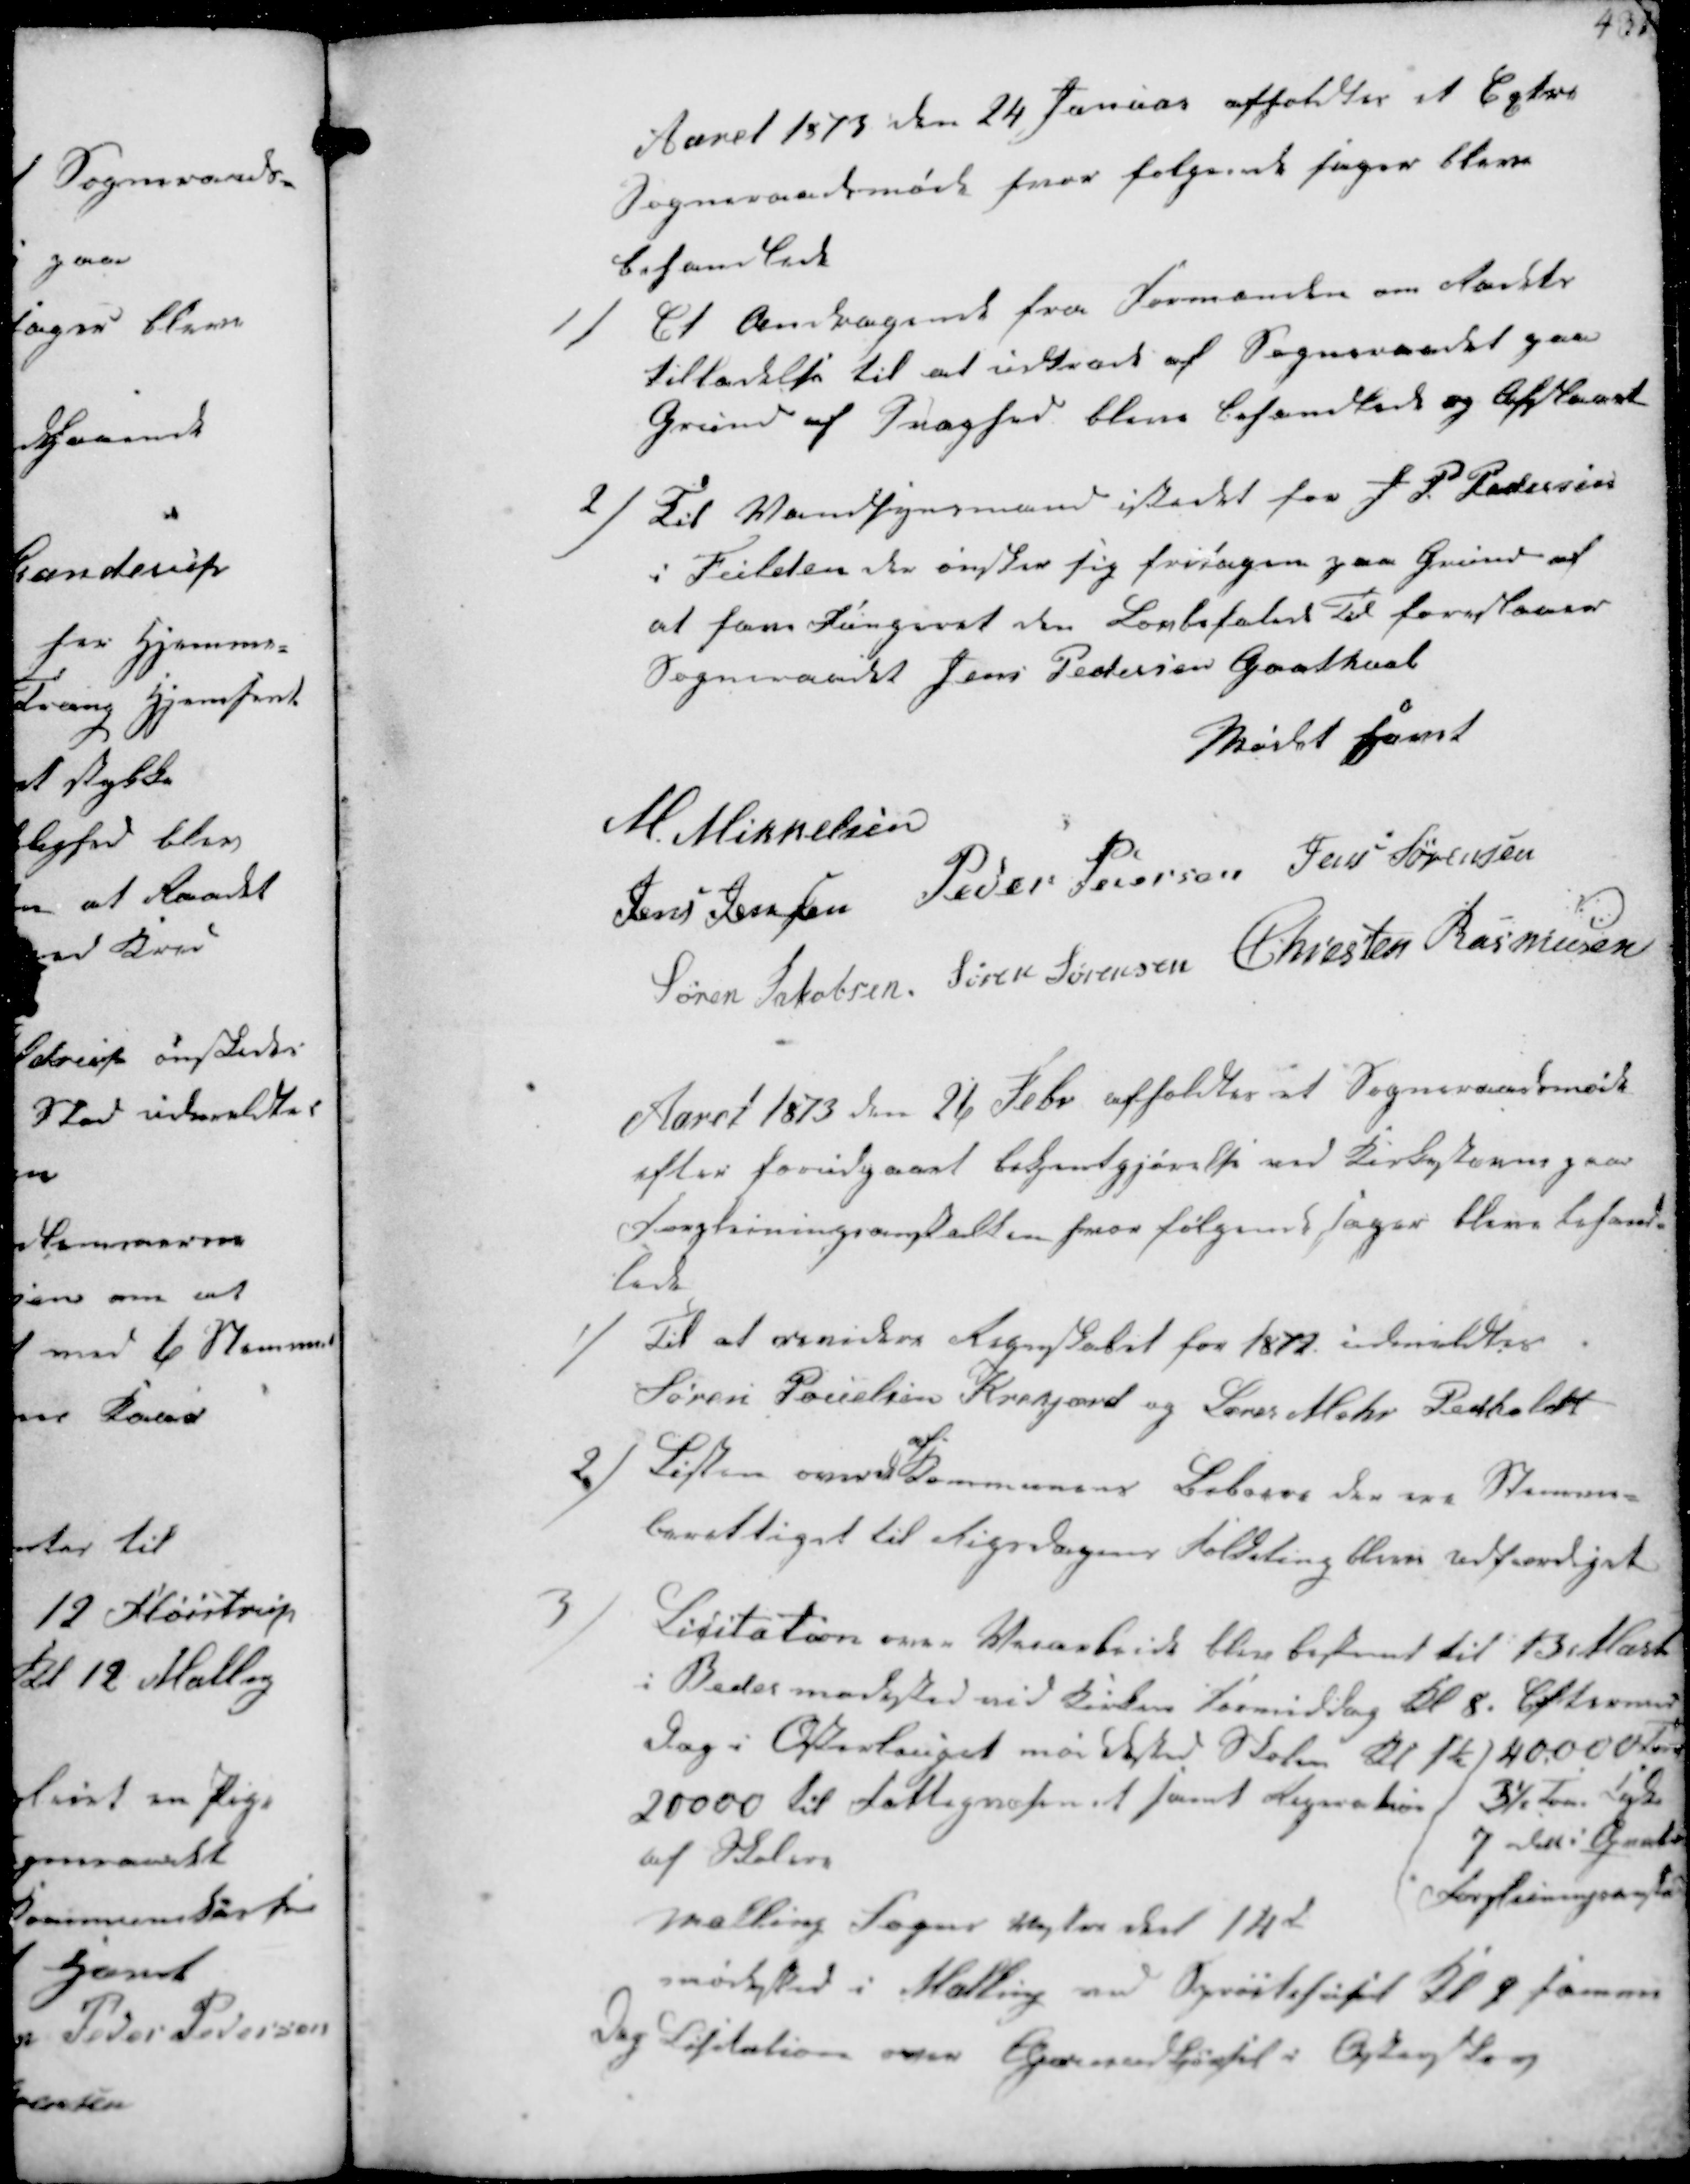
Transskription:
Aaret 1873 den 24 Januar afholdtes et Extra
Sogneraadsmøde hvor følgende sager bleve
behandlede

1/
Et Andragende fra Formanden om Raadets
Tilladelse til at udtræde af Sogneraadet paa
Grund af Svaghed bleve behandlede og Afslaaet

2/
Til Vandsynsmand istedet for J P Pedersen
i Fulden der ønsker sig fritagen paa Grund af
at have Fungeret den Lovbefalede Tid foreslaaer
Sogneraadet Jens Pedersen Godthaab

Mødet hævet
M Mikkelsen
Jens Jensen Peder Pedersen Jens Sørensen
Søren Jakobsen Søren Sørensen Christen Rasmussen

Aaret 1873 den 26 Febr afholdtes et Sogneraadsmøde 
efter forudgaaet Bekjentgjørelse ved Kirkestævne paa
Forpleiningsamstalten hvor følgende sager bleve behand-
lede

1/
Til at revidere Regnskabet for 1872 udmeldtes
Søren Pouelsen Krekjærd og Sører Mohr Pedholdt

2/
Listen over Kommunens Beboere der ere Stemme-
berettiget til Rigsdagens Folketing bleve udfærdiget

3/
Licitation over Veiarbeide blev bestemt til 13 iMarts
i Beder marksted ved Kirken Formiddag Kl 8. Eftermid-
dag i Østerlauget mødested Skolen Kl 1½
20000 til Fattigvæsenet samt Reparation
af Skolen
Malling Sogns vestre Del 14d
mødested i Malling ved Sprøitehuset Kl 9 Samme
dag Lisitation over  i

4000 Oten
3½ Tons  
7   
Forpleiningsanstalten